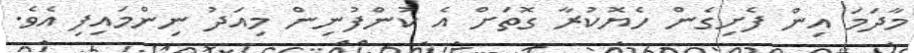
މާދަމަ އިން ފެށިގެން ހެޔޮކުރާ ގޮތަށް އެ ކުންފުނިން މިއަދު ނިންމައިފި އެވެ.